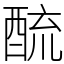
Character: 酼